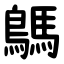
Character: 鷌